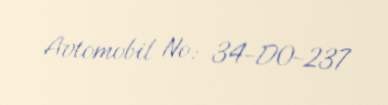
Avtomobil №: 34-DO-237